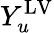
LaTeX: Y_{u}^{\mathrm{LV}}